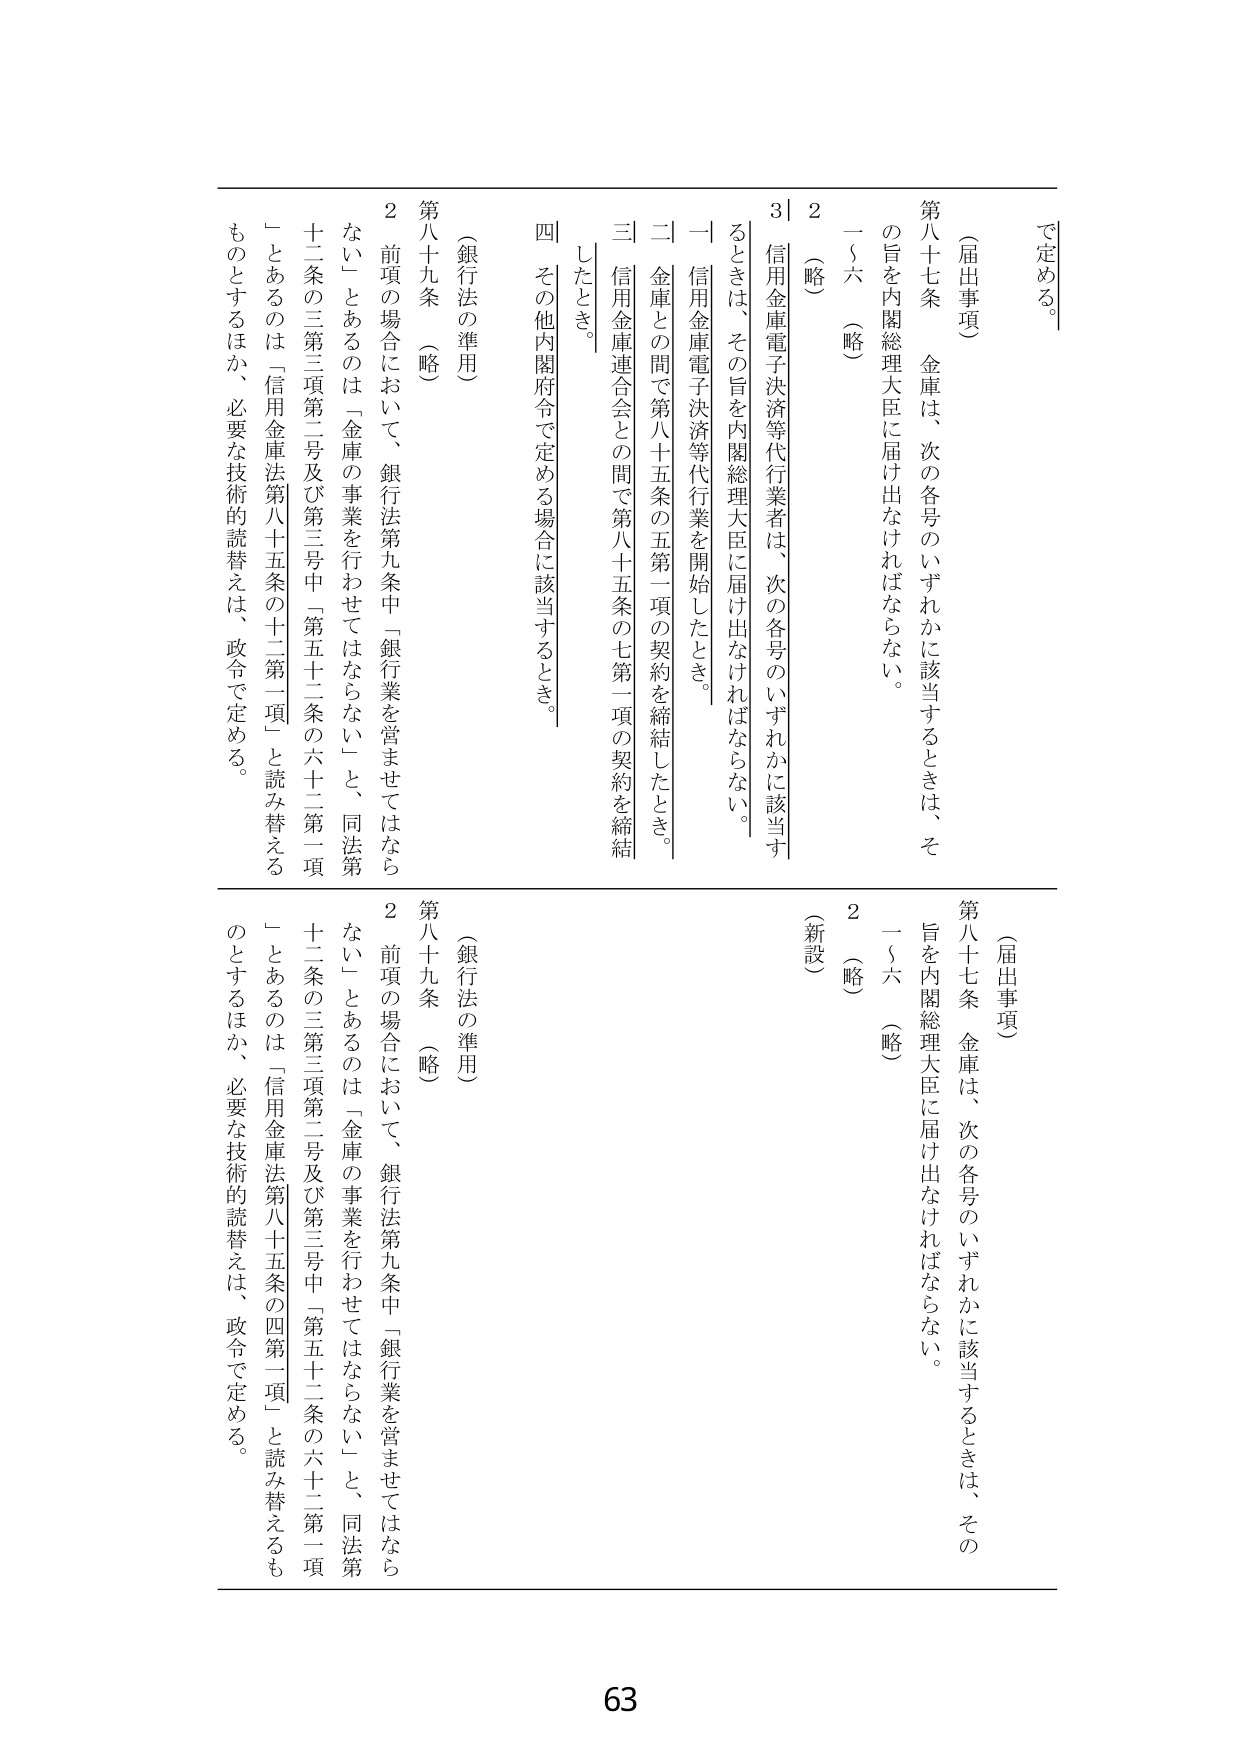
で定める。

（届出事項）
第八十七条　金庫は、次の各号のいずれかに該当するときは、その旨を内閣総理大臣に届け出なければならない。
一～六　（略）
２　（略）
３　信用金庫電子決済等代行業者は、次の各号のいずれかに該当するときは、その旨を内閣総理大臣に届け出なければならない。
一　信用金庫電子決済等代行業を開始したとき。
二　金庫との間で第八十五条の五第一項の契約を締結したとき。
三　信用金庫連合会との間で第八十五条の七第一項の契約を締結したとき。
四　その他内閣府令で定める場合に該当するとき。

（銀行法の準用）
第八十九条　（略）
２　前項の場合において、銀行法第九条中「銀行業を営ませてはならない」とあるのは「金庫の事業を行わせてはならない」と、同法第十二条の三第三項第二号及び第三号中「第五十二条の六十二第一項」とあるのは「信用金庫法第八十五条の十二第一項」と読み替えるものとするほか、必要な技術的読替えは、政令で定める。

（届出事項）
第八十七条　金庫は、次の各号のいずれかに該当するときは、その旨を内閣総理大臣に届け出なければならない。
一～六　（略）
２　（略）
（新設）

（銀行法の準用）
第八十九条　（略）
２　前項の場合において、銀行法第九条中「銀行業を営ませてはならない」とあるのは「金庫の事業を行わせてはならない」と、同法第十二条の三第三項第二号及び第三号中「第五十二条の六十二第一項」とあるのは「信用金庫法第八十五条の四第一項」と読み替えるものとするほか、必要な技術的読替えは、政令で定める。

63